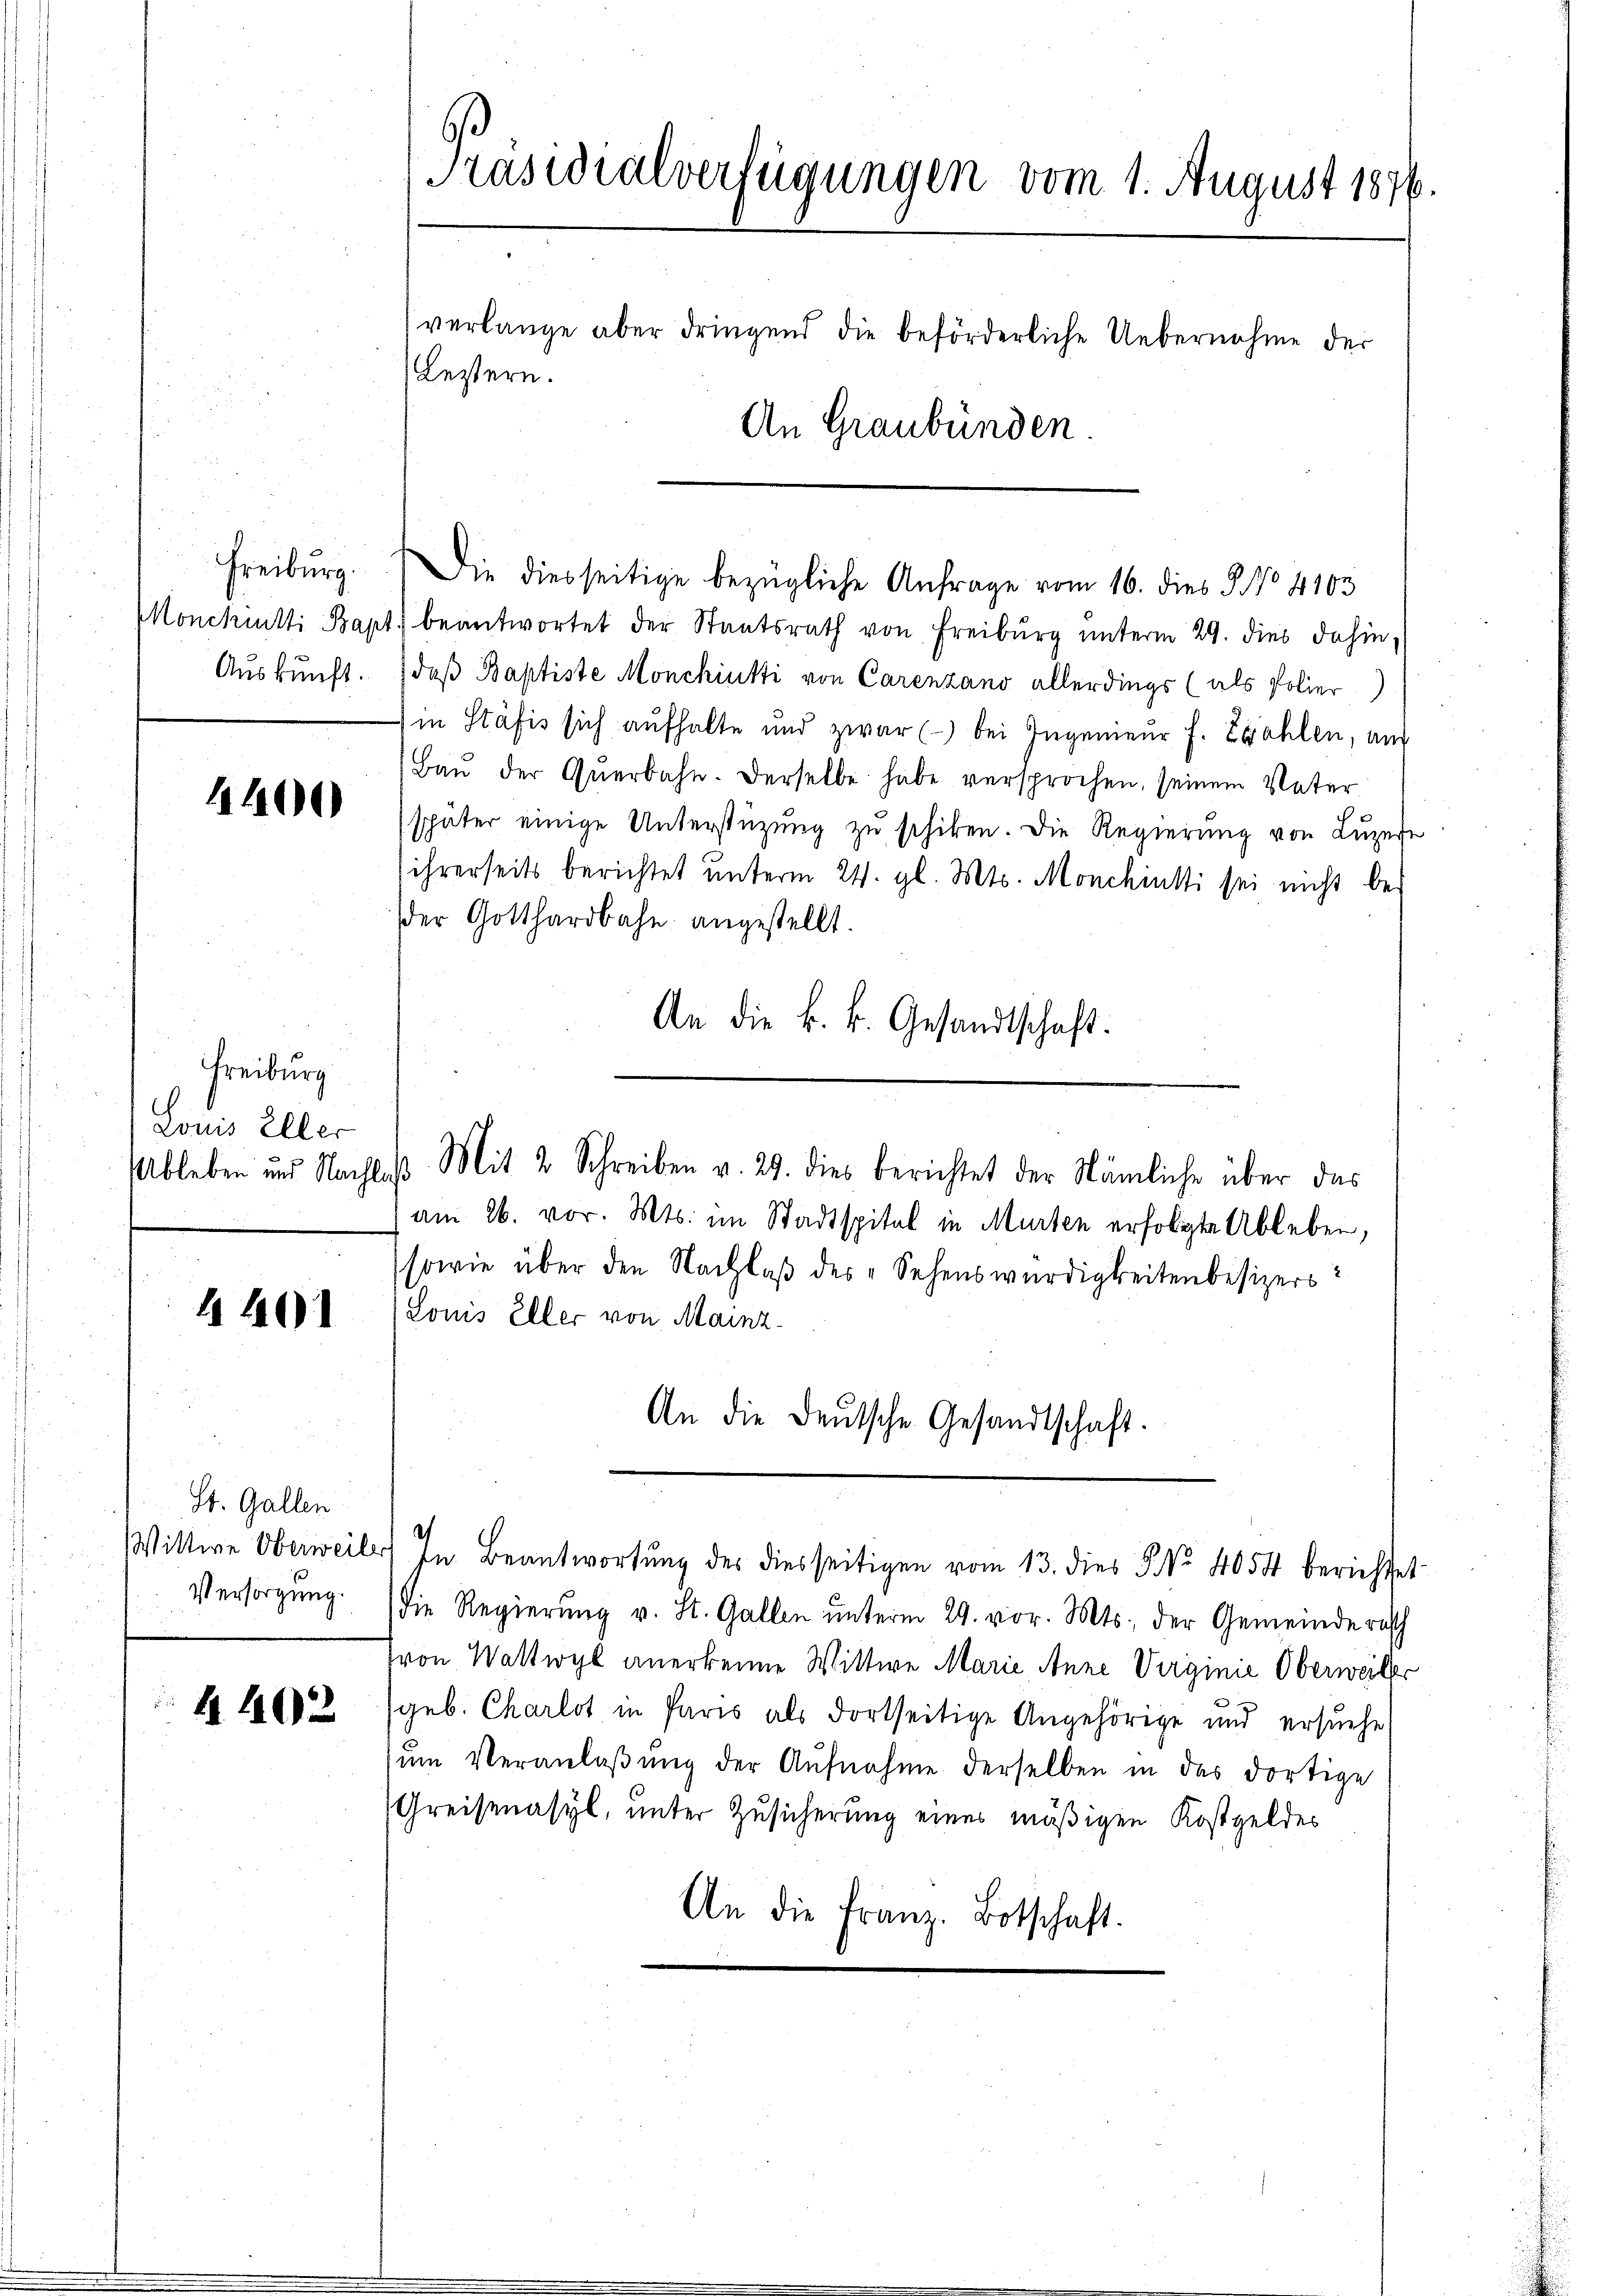
Freiburg.
Auskunft.

4400

Freiburg
Louis Elter
Ableben und Nach¬

1401

St. Gallen
Wittwe Oberweil
Versorgung.

4402

e
Präsidialverfügungen vom 1. August 1876.
verlange aber dringend die beförderliche Uebernahme der
Lestern.
An Graubünden.

Die diesseitige bezügliche Anfrage vom 16. dies J. No 4103
Monckuitti Bapt. beantwortet der Staatsrath von Freiburg ŭnterm 29. dies dahin,
daß Baptiste Monchiutti von Carenzano allerdings (als Polier
in Stäfis sich aufhalte und zwar () bei Ingenieur f. Ewahlen, aus
Baŭ der Querbahn. Derselbe habe versprochen, seinem Vater
später einige Unterstützung zu schiken. Die Regierung von Luzer
ihrerseits berichtet unterm 24. gl. Mts. Monchinsi sei nicht be-
der Gotthardbahn angestellt.
An die k. k. Gesandtschaft.
. Mit 2 Schreiben v. 29. dies berichtet der Nämliche über das
am 26. vor. Mts. im Stadtspital in Murten erfolgte Ableben,
sowie über den Nachlaß des „Sehenswürdigkeitenbesizers:
Louis Eller von Mainz
An die Deutsche Gesandtschaft.
) In Beantwortung des diesseitigen vom 13. dies 5. No. 4054 berichtet
die Regierung v. St. Gallen unterm 29. vor. Mts. der Gemeinderath
von Wattwyl anerkenne Wittwe Marie, Anne Virginie Oberweiler
geb. Charlot in Paris als dortseitige Angehörige und ersuche
ŭm Veranlaβŭng der Aŭfnahme derselben in das dortige
Greisenasyl, unter Zusicherung eines mäßigen Kostgeldes
An die Franz. Botschaft.